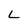
Character: L